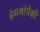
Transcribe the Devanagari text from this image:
बेगमांपैकी